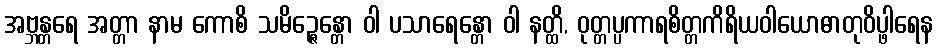
အဗ္ဘန္တရေ အတ္တာ နာမ ကောစိ သမိဉ္ဇေန္တော ဝါ ပသာရေန္တော ဝါ နတ္ထိ, ဝုတ္တပ္ပကာရစိတ္တကိရိယဝါယောဓာတုဝိပ္ဖါရေန